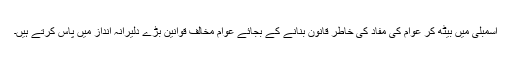
اسمبلی میں بیٹھ کر عوام کی مفاد کی خاطر قانون بنانے کے بجائے عوام مخالف قوانین بڑے دلیرانہ انداز میں پاس کرتے ہیں۔